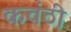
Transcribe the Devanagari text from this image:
कवंठी